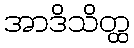
အာဒိသိတ္ထ